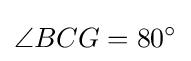
\angle {BCG}=80^{\circ }